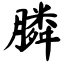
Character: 膦